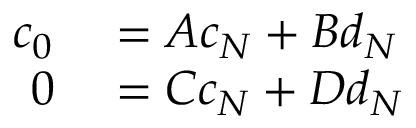
\begin{array} { r l } { c _ { 0 } } & { { } = A c _ { N } + B d _ { N } } \\ { 0 } & { { } = C c _ { N } + D d _ { N } } \end{array}